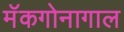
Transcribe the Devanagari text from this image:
मॅकगोनागाल